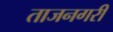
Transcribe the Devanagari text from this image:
ताजनगरी